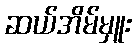
ဆယ်အိမ်မှူး